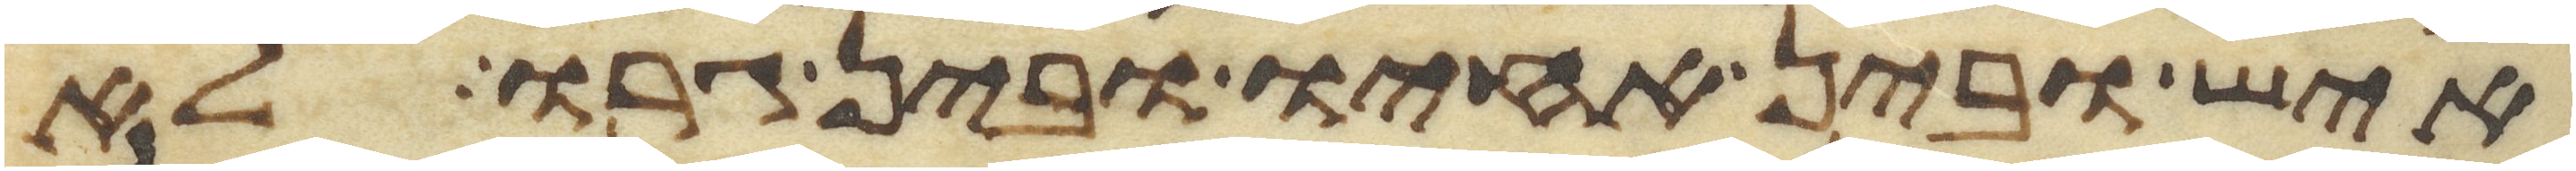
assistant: איש ובין אחיו ובין גרו לא